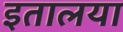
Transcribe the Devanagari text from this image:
इतालया